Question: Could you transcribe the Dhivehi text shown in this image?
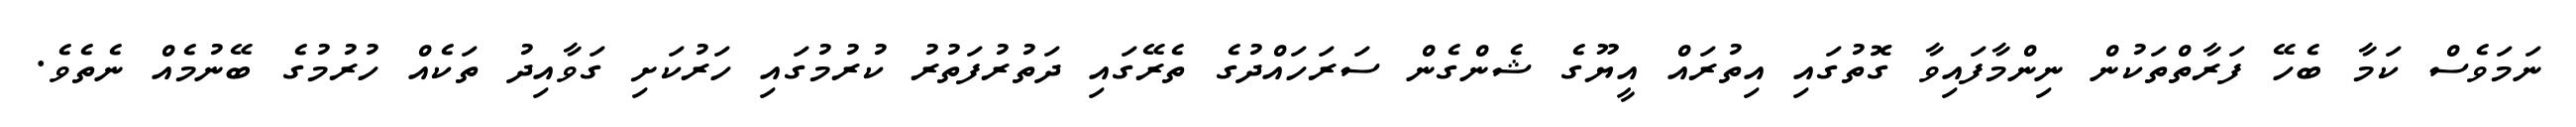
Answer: ނަމަވެސް ކަމާ ބެހޭ ފަރާތްތަކުން ނިންމާފައިވާ ގޮތުގައި އިތުރައް އީޔޫގެ ޝެންގެން ސަރަހައްދުގެ ތެރޭގައި ދަތުރުފަތުރު ކުރުމުގައި ހަރުކަށި ގަވާއިދު ތަކެއް ހުރުމުގެ ބޭނުމެއް ނެތެވެ.